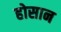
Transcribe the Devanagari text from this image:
होसान